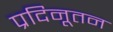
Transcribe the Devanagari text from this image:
प्रदिनूतन